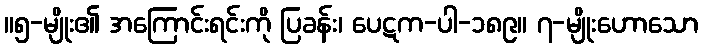
။၅-မျိုး၏ အကြောင်းရင်းကို ပြခန်း၊ ပေဋက-ပါ-၁၈၉။ ၇-မျိုးဟောသော